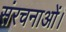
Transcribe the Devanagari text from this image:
संरचनाओं।